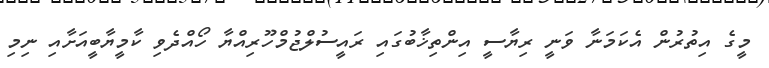
މީގެ އިތުރުން އެކަމަނާ ވަނީ ރިޔާސީ އިންތިޚާބުގައި ރައީސުލްޖުމްހޫރިއްޔާ ހޯއްދެވި ކާމީޔާބީއަށާއި ނިމި